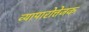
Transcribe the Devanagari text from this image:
व्यापारोत्तेजक